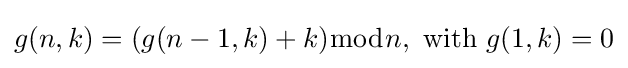
g(n,k)=(g(n-1,k)+k){\bmod {n}},{\text{ with }}g(1,k)=0